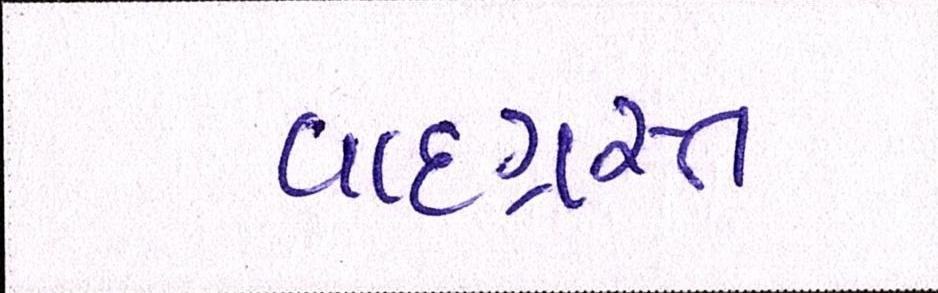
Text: વાદગ્રસ્ત